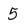
Character: 5